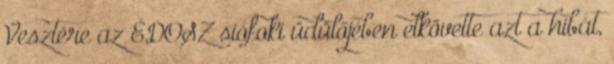
Vesztére az ÉDOSZ siófoki üdülőjében elkövette azt a hibát,